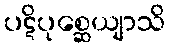
ပဋိပုစ္ဆေယျာသိ